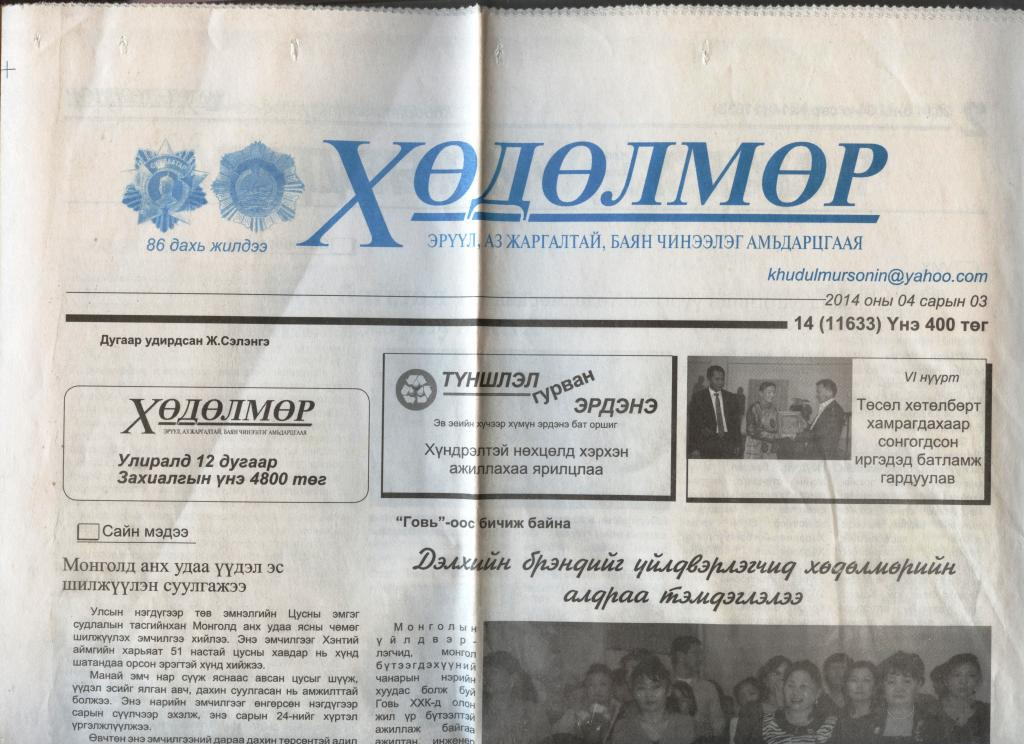
Language: mn